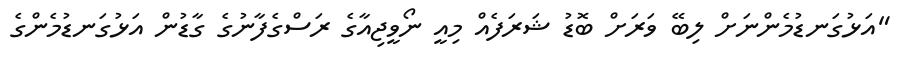
"އަޅުގަނޑުމެންނަށް ލިބޭ ވަރަށް ބޮޑު ޝަރަފެއް މިއީ ނޯވީޖިއާގެ ރަސްގެފާނުގެ ގާޑުން އަޅުގަނޑުމެންގެ